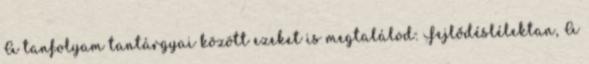
A tanfolyam tantárgyai között ezeket is megtalálod: Fejlődéslélektan, A